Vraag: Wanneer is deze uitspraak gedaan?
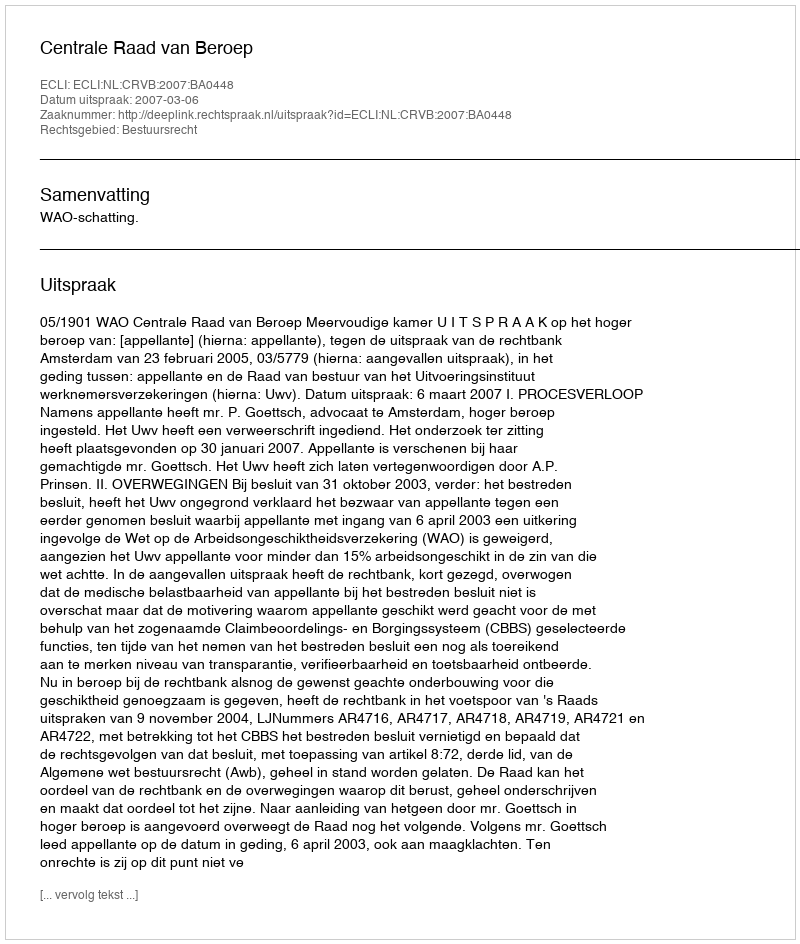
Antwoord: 2007-03-06